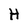
Character: H